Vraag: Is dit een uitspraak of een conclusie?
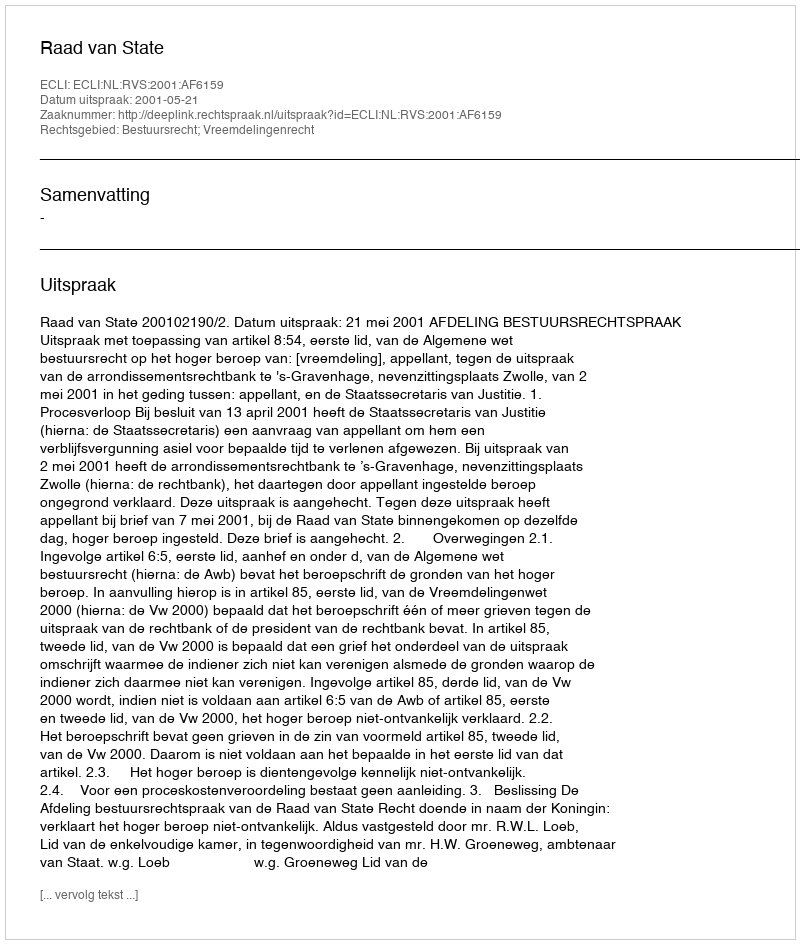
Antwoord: Uitspraak